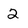
Character: 2